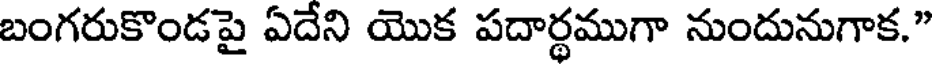
బంగరుకొండపై ఏదేని యొక పదార్థముగా నుందునుగాక."